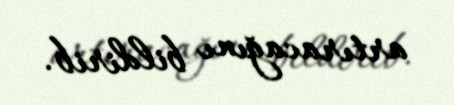
artıracağını bildirib.